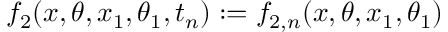
f _ { 2 } ( x , \theta , x _ { 1 } , \theta _ { 1 } , t _ { n } ) : = f _ { 2 , n } ( x , \theta , x _ { 1 } , \theta _ { 1 } )